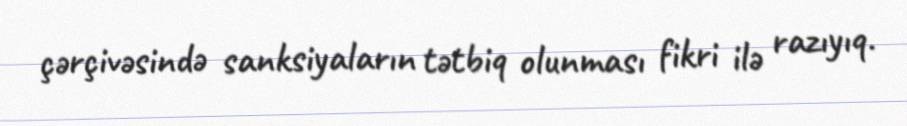
çərçivəsində sanksiyaların tətbiq olunması fikri ilə razıyıq.